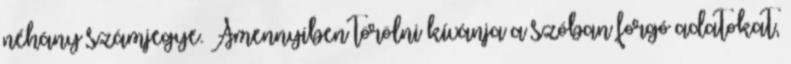
néhány számjegye. Amennyiben törölni kívánja a szóban forgó adatokat,